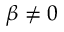
\beta \neq 0